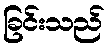
ခြင်းသည်